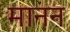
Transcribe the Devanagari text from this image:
मानन